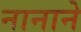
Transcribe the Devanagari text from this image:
नानाने